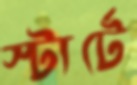
স্টার্টে